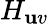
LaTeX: H_{\mathbf{u}v}